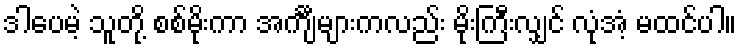
ဒါပေမဲ့ သူတို့ စစ်မိုးကာ အင်္ကျီများကလည်း မိုးကြီးလျှင် လုံအံ့ မထင်ပါ။